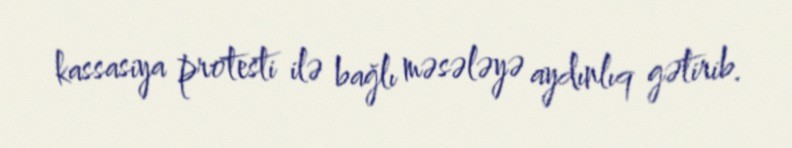
kassasiya protesti ilə bağlı məsələyə aydınlıq gətirib.